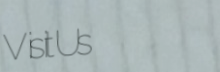
VisitUs